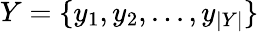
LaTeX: Y=\{ y_{1},y_{2},...,y_{|Y|}\}